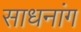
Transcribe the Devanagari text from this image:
साधनांग